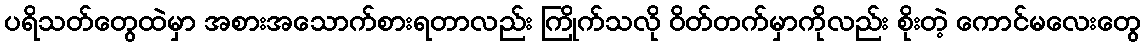
ပရိသတ်တွေထဲမှာ အစားအသောက်စားရတာလည်း ကြိုက်သလို ဝိတ်တက်မှာကိုလည်း စိုးတဲ့ ကောင်မလေးတွေ